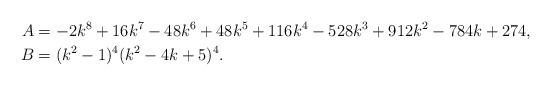
LaTeX: \begin{align*}A&=-2k^8+16k^7-48k^6+48k^5+116k^4-528k^3+912k^2-784k+274,\\B&=(k^2-1)^4(k^2-4k+5)^4.\end{align*}